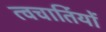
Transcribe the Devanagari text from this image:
त्वचार्तियों